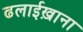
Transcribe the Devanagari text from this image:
ढलाईख़ाना